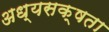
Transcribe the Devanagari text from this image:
अध्यसक्षता